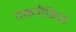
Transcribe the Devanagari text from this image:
तकनीकिज्ञ